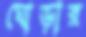
ঘোড়ার